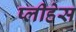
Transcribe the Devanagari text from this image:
प्लीहेस